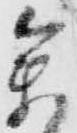
参